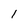
Character: l